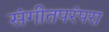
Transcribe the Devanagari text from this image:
संगीतपरंपरा